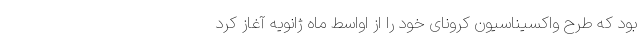
بود که طرح واکسیناسیون کرونای خود را از اواسط ماه ژانویه آغاز کرد